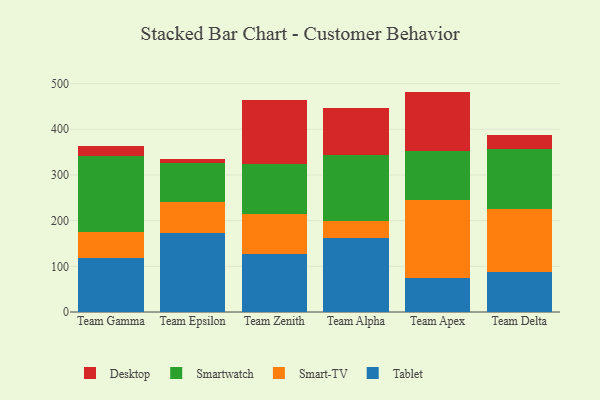
{"axis": {"x": "Team", "y": "Inventory Turnover"}, "legend": ["Desktop", "Smart-TV", "Smartwatch", "Tablet"], "data": [{"x": "Team Gamma", "y": 117.9, "type": "Tablet"}, {"x": "Team Gamma", "y": 56.6, "type": "Smart-TV"}, {"x": "Team Gamma", "y": 168.0, "type": "Smartwatch"}, {"x": "Team Gamma", "y": 21.7, "type": "Desktop"}, {"x": "Team Epsilon", "y": 172.8, "type": "Tablet"}, {"x": "Team Epsilon", "y": 68.4, "type": "Smart-TV"}, {"x": "Team Epsilon", "y": 84.5, "type": "Smartwatch"}, {"x": "Team Epsilon", "y": 9.8, "type": "Desktop"}, {"x": "Team Zenith", "y": 127.3, "type": "Tablet"}, {"x": "Team Zenith", "y": 87.0, "type": "Smart-TV"}, {"x": "Team Zenith", "y": 110.7, "type": "Smartwatch"}, {"x": "Team Zenith", "y": 138.1, "type": "Desktop"}, {"x": "Team Alpha", "y": 162.4, "type": "Tablet"}, {"x": "Team Alpha", "y": 37.1, "type": "Smart-TV"}, {"x": "Team Alpha", "y": 144.3, "type": "Smartwatch"}, {"x": "Team Alpha", "y": 101.8, "type": "Desktop"}, {"x": "Team Apex", "y": 73.4, "type": "Tablet"}, {"x": "Team Apex", "y": 172.0, "type": "Smart-TV"}, {"x": "Team Apex", "y": 107.0, "type": "Smartwatch"}, {"x": "Team Apex", "y": 130.0, "type": "Desktop"}, {"x": "Team Delta", "y": 87.9, "type": "Tablet"}, {"x": "Team Delta", "y": 137.7, "type": "Smart-TV"}, {"x": "Team Delta", "y": 130.9, "type": "Smartwatch"}, {"x": "Team Delta", "y": 32.0, "type": "Desktop"}]}